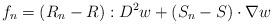
LaTeX: \begin{align*}f_{n}=(R_{n}-R):D^{2}w+(S_{n}-S)\cdot\nabla w\,\end{align*}